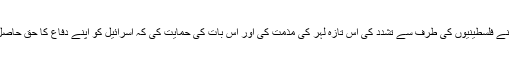
اوباما نے فلسطینیوں کی طرف سے تشدد کی اس تازہ لہر کی مذمت کی اور اس بات کی حمایت کی کہ اسرائیل کو اپنے دفاع کا حق حاصل ہے۔